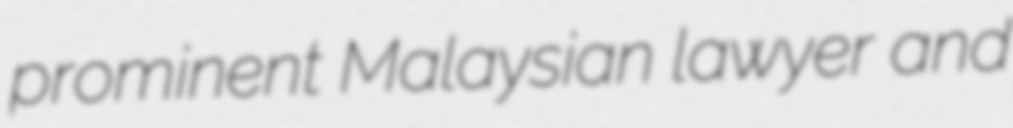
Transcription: prominent Malaysian lawyer and